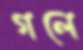
গলে